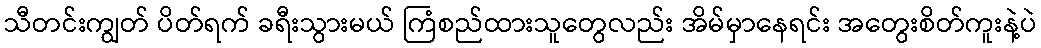
သီတင်းကျွတ် ပိတ်ရက် ခရီးသွားမယ် ကြံစည်ထားသူတွေလည်း အိမ်မှာနေရင်း အတွေးစိတ်ကူးနဲ့ပဲ